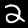
Digit: 2